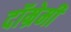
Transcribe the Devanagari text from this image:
दॉम्रेमी